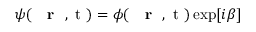
\psi ( \mathrm { ~ { ~ \bf ~ r ~ } ~ , ~ t ~ } ) = \phi ( \mathrm { ~ { ~ \bf ~ r ~ } ~ , ~ t ~ } ) \exp [ i \beta ]